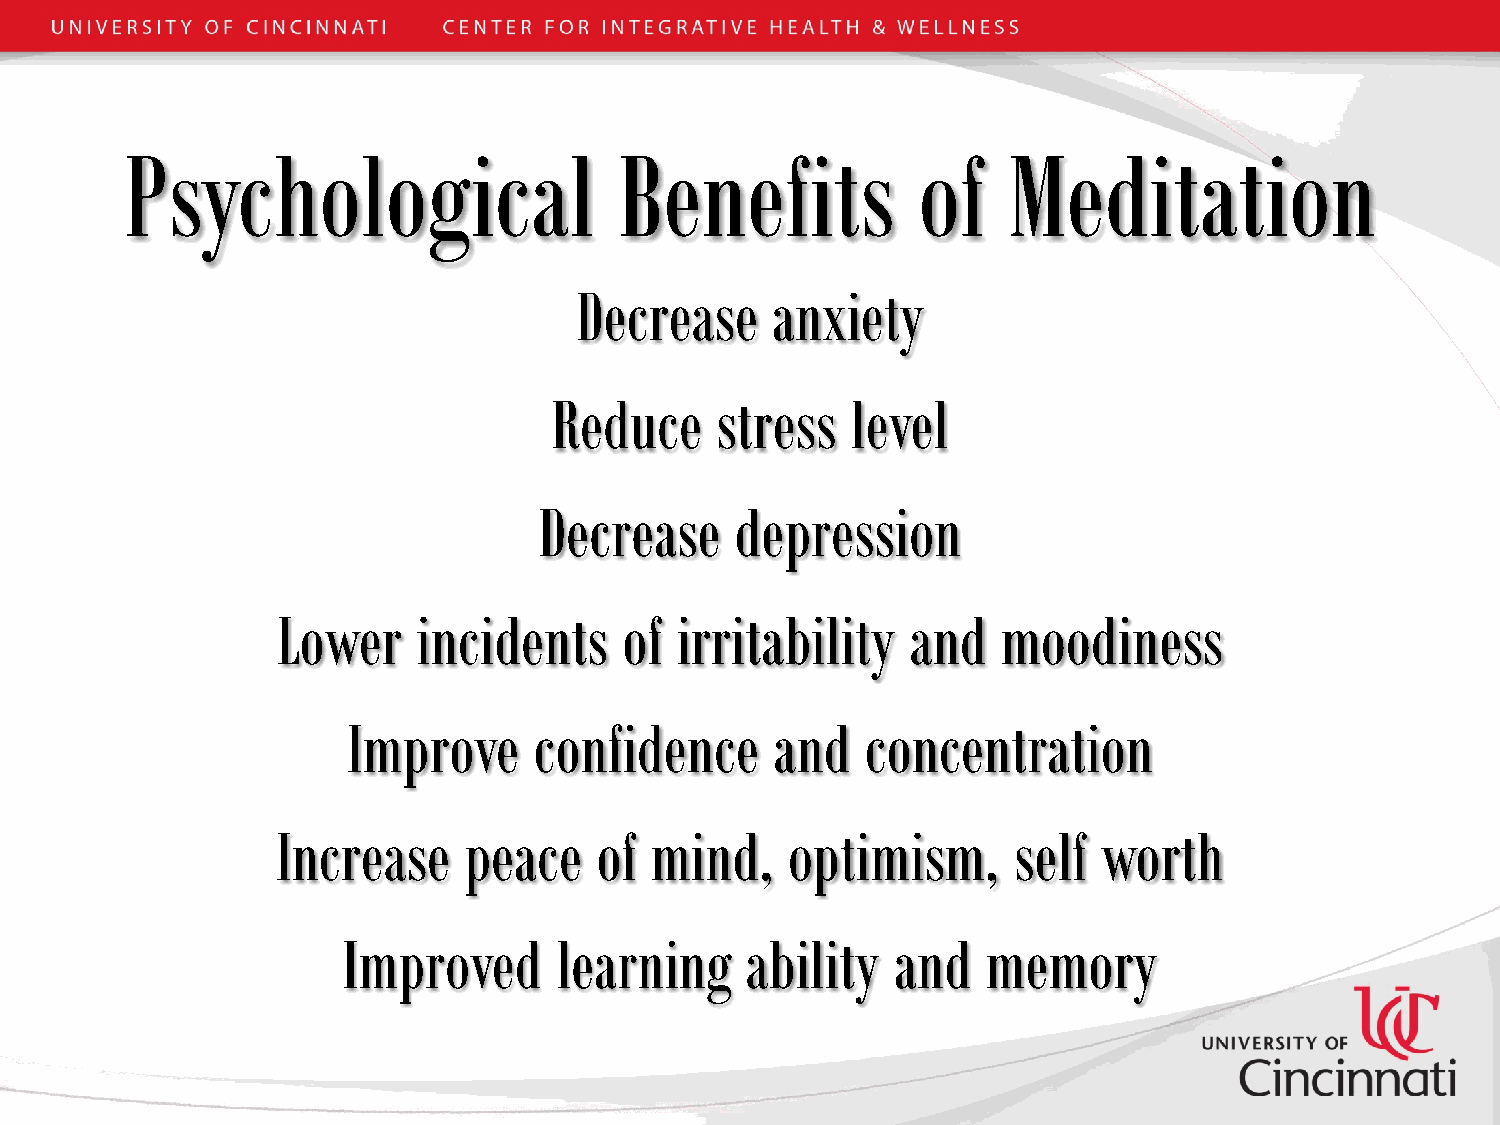
Psychological                    Benefits            of    Meditation
 Decrease     anxiety
 Reduce    stress   level
 Decrease     depression
 Lower     incidents    of  irritability   and   moodiness
 Improve     confidence      and   concentration
 Increase     peace   of  mind,    optimism,      self  worth
 Improved      learning    ability   and   memory